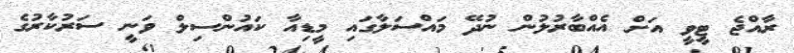
ރާއްޖެ ޓީވީ އަށް އެއްބާރުލުން ނުދޭ މައްސަލާގައި މީޑިއާ ކައުންސިލް ވަނީ ސަރުކާރުގެ